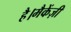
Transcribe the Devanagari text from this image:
है।मैकेंज़ी